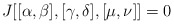
\begin{align*}J[[\alpha , \beta] ,[\gamma,\delta], [\mu,\nu]] =0\end{align*}